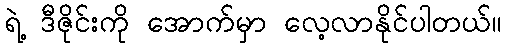
ရဲ့ ဒီဇိုင်းကို အောက်မှာ လေ့လာနိုင်ပါတယ်။